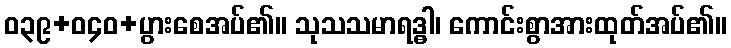
ဝ၃၉+ဝ၄၀+ပွားစေအပ်၏။ သုသသမာရဒ္ဓါ၊ ကောင်းစွာအားထုတ်အပ်၏။